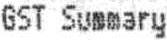
GST SUMMARY